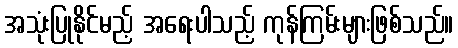
အသုံးပြုနိုင်မည့် အရေးပါသည့် ကုန်ကြမ်းများဖြစ်သည်။